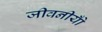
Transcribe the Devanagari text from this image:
जीवनीयोँ